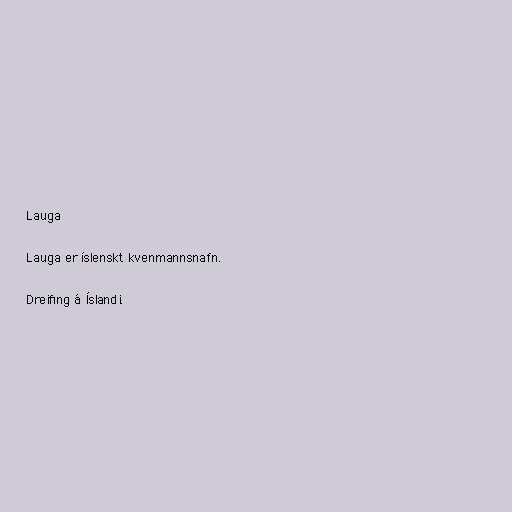
Lauga

Lauga er íslenskt kvenmannsnafn.

Dreifing á Íslandi.